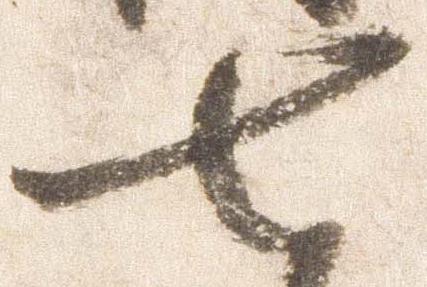
七